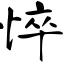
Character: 悴